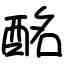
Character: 酩